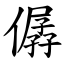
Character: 僝